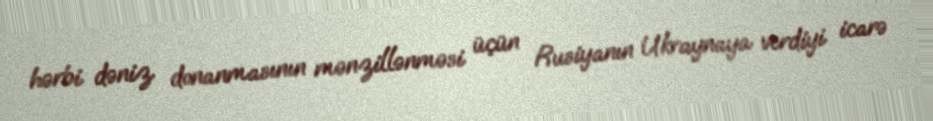
hərbi dəniz donanmasının mənzillənməsi üçün Rusiyanın Ukraynaya verdiyi icarə